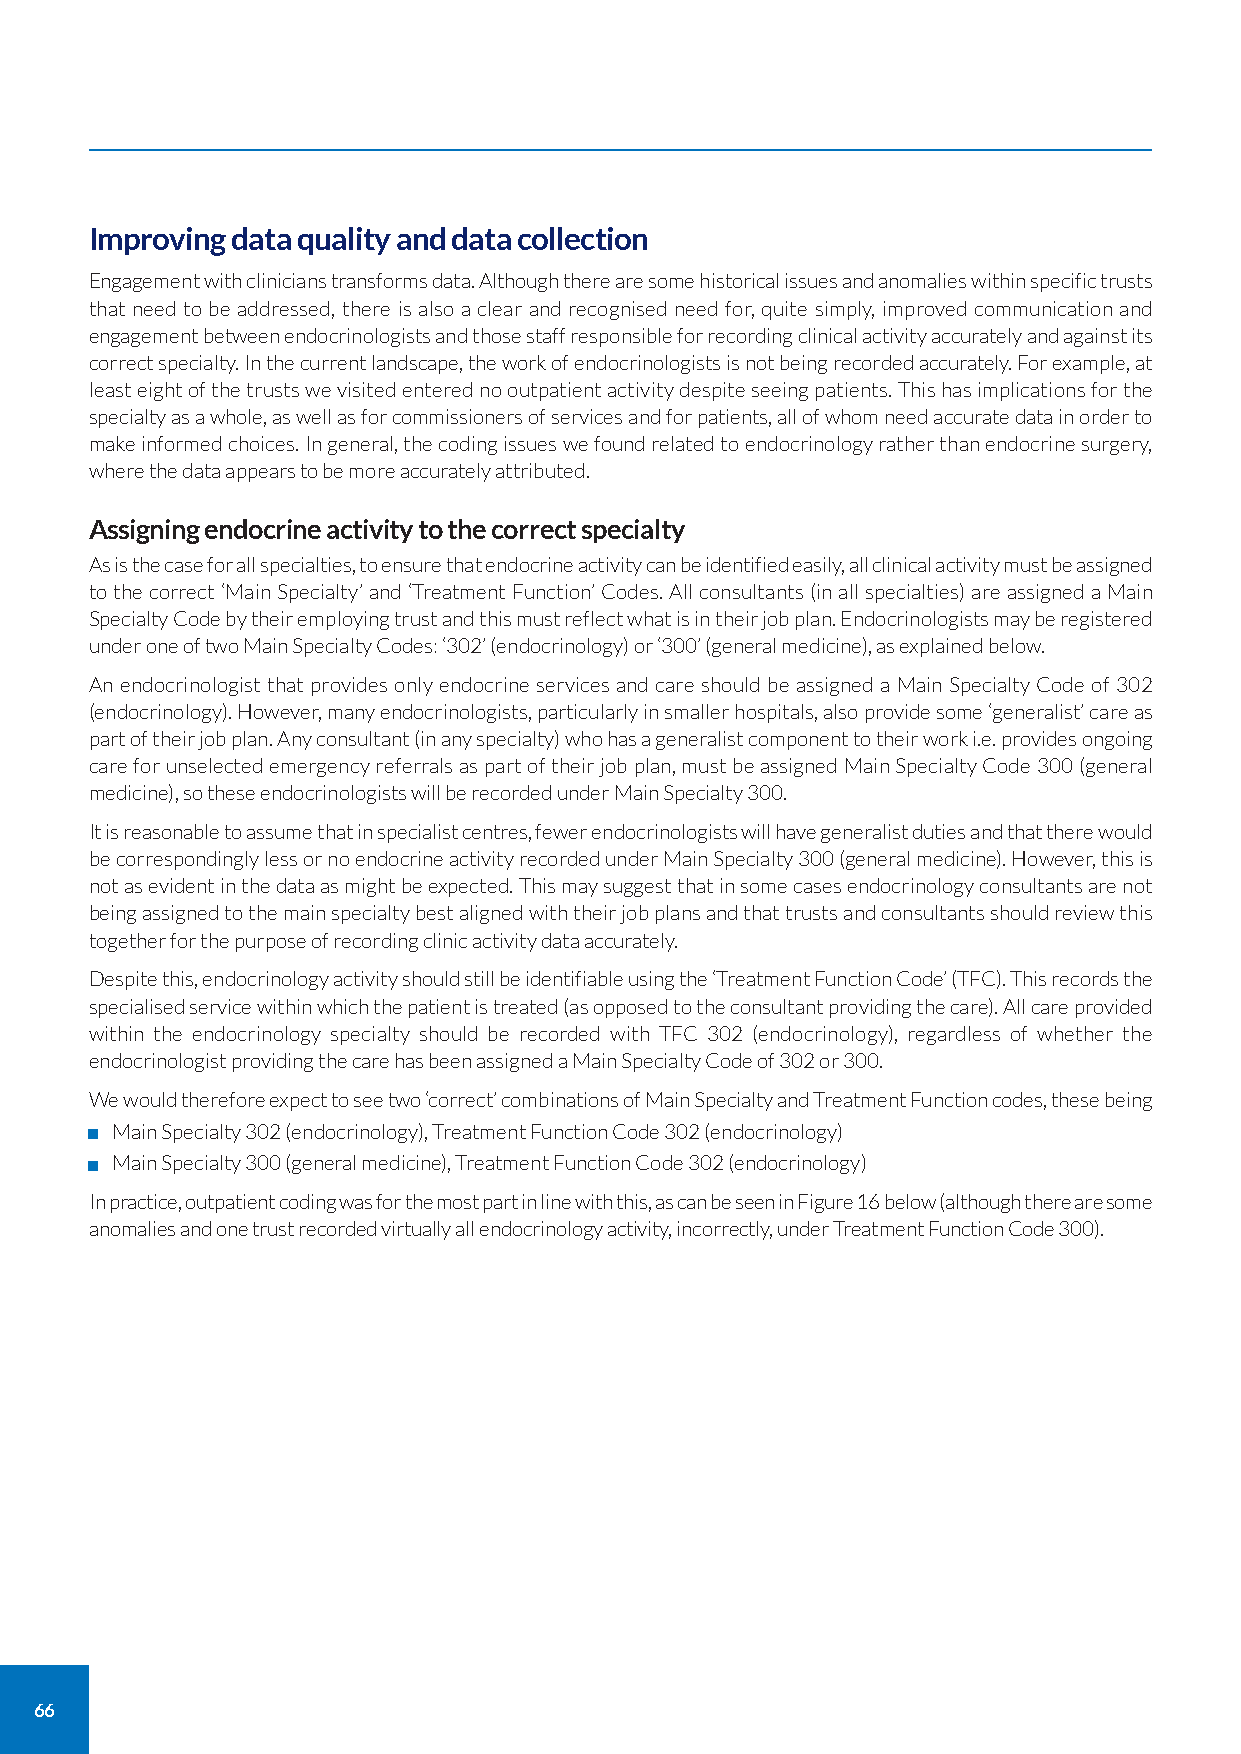
Improving data quality and data collection
 Engagement with clinicians transforms data. Although there are some historical issues and anomalies within specific trusts
 that need to be addressed, there is also a clear and recognised need for, quite simply, improved communication and
 engagement between endocrinologists and those staff responsible for recording clinical activity accurately and against its
 correct specialty. In the current landscape, the work of endocrinologists is not being recorded accurately. For example, at
 least eight of the trusts we visited entered no outpatient activity despite seeing patients. This has implications for the
 specialty as a whole, as well as for commissioners of services and for patients, all of whom need accurate data in order to
 make informed choices. In general, the coding issues we found related to endocrinology rather than endocrine surgery,
 where the data appears to be more accurately attributed.
 Assigning endocrine activity to the correct specialty
 As is the case for all specialties, to ensure that endocrine activity can be identified easily, all clinical activity must be assigned
 to the correct ‘Main Specialty’ and ‘Treatment Function’ Codes. All consultants (in all specialties) are assigned a Main
 Specialty Code by their employing trust and this must reflect what is in their job plan. Endocrinologists may be registered
 under one of two Main Specialty Codes: ‘302’ (endocrinology) or ‘300’ (general medicine), as explained below.
 An endocrinologist that provides only endocrine services and care should be assigned a Main Specialty Code of 302
 (endocrinology). However, many endocrinologists, particularly in smaller hospitals, also provide some ‘generalist’ care as
 part of their job plan. Any consultant (in any specialty) who has a generalist component to their work i.e. provides ongoing
 care for unselected emergency referrals as part of their job plan, must be assigned Main Specialty Code 300 (general
 medicine), so these endocrinologists will be recorded under Main Specialty 300.
 It is reasonable to assume that in specialist centres, fewer endocrinologists will have generalist duties and that there would
 be correspondingly less or no endocrine activity recorded under Main Specialty 300 (general medicine). However, this is
 not as evident in the data as might be expected. This may suggest that in some cases endocrinology consultants are not
 being assigned to the main specialty best aligned with their job plans and that trusts and consultants should review this
 together for the purpose of recording clinic activity data accurately.
 Despite this, endocrinology activity should still be identifiable using the ‘Treatment Function Code’ (TFC). This records the
 specialised service within which the patient is treated (as opposed to the consultant providing the care). All care provided
 within the endocrinology specialty should be recorded with TFC 302 (endocrinology), regardless of whether the
 endocrinologist providing the care has been assigned a Main Specialty Code of 302 or 300.
 We would therefore expect to see two ‘correct’ combinations of Main Specialty and Treatment Function codes, these being
 Main Specialty 302 (endocrinology), Treatment Function Code 302 (endocrinology)
 Main Specialty 300 (general medicine), Treatment Function Code 302 (endocrinology)
 In practice, outpatient coding was for the most part in line with this, as can be seen in Figure 16 below (although there are some
 anomalies and one trust recorded virtually all endocrinology activity, incorrectly, under Treatment Function Code 300).
 66